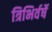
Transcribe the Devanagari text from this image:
त्रिभिर्वर्षे